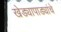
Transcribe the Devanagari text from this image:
खेड्यापाड्यांचे